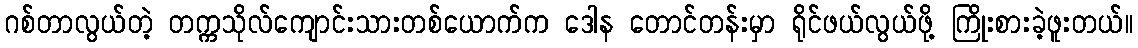
ဂစ်တာလွယ်တဲ့ တက္ကသိုလ်ကျောင်းသားတစ်ယောက်က ဒေါန တောင်တန်းမှာ ရိုင်ဖယ်လွယ်ဖို့ ကြိုးစားခဲ့ဖူးတယ်။